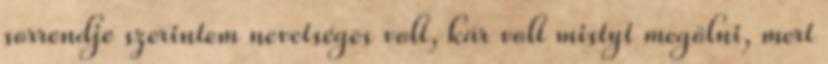
sorrendje szerintem nevetséges volt, kár volt mistyt megölni, mert